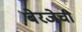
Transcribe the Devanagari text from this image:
बेरजेची